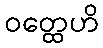
ဝတ္ထေဟိ